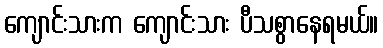
ကျောင်းသားက ကျောင်းသား ပီသစွာနေရမယ်။